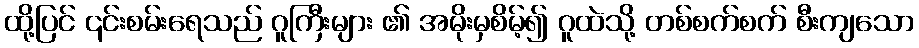
ထို့ပြင် ၎င်းစမ်းရေသည် ဂူကြီးများ ၏ အမိုးမှစိမ့်၍ ဂူထဲသို့ တစ်စက်စက် စီးကျသော